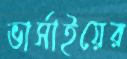
ভার্সাইয়ের